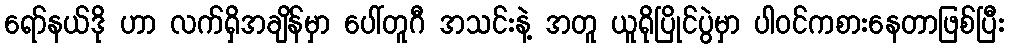
ရော်နယ်ဒို ဟာ လက်ရှိအချိန်မှာ ပေါ်တူဂီ အသင်းနဲ့ အတူ ယူရိုပြိုင်ပွဲမှာ ပါဝင်ကစားနေတာဖြစ်ပြီး